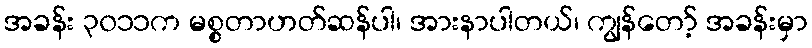
အခန်း ၃၀၁၁က မစ္စတာဟတ်ဆန်ပါ၊ အားနာပါတယ်၊ ကျွန်တော့် အခန်းမှာ